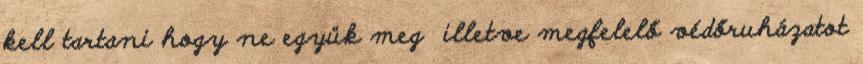
kell tartani hogy ne együk meg illetve megfelelő védőruházatot